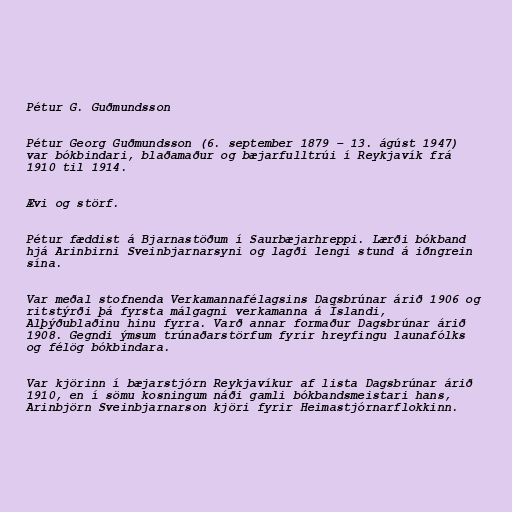
Pétur G. Guðmundsson

Pétur Georg Guðmundsson (6. september 1879 – 13. ágúst 1947)
var bókbindari, blaðamaður og bæjarfulltrúi í Reykjavík frá
1910 til 1914.

Ævi og störf.

Pétur fæddist á Bjarnastöðum í Saurbæjarhreppi. Lærði bókband
hjá Arinbirni Sveinbjarnarsyni og lagði lengi stund á iðngrein
sína.

Var meðal stofnenda Verkamannafélagsins Dagsbrúnar árið 1906 og
ritstýrði þá fyrsta málgagni verkamanna á Íslandi,
Alþýðublaðinu hinu fyrra. Varð annar formaður Dagsbrúnar árið
1908. Gegndi ýmsum trúnaðarstörfum fyrir hreyfingu launafólks
og félög bókbindara.

Var kjörinn í bæjarstjórn Reykjavíkur af lista Dagsbrúnar árið
1910, en í sömu kosningum náði gamli bókbandsmeistari hans,
Arinbjörn Sveinbjarnarson kjöri fyrir Heimastjórnarflokkinn.